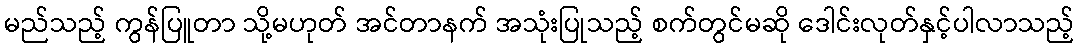
မည်သည့် ကွန်ပြူတာ သို့မဟုတ် အင်တာနက် အသုံးပြုသည့် စက်တွင်မဆို ဒေါင်းလုတ်နှင့်ပါလာသည့်